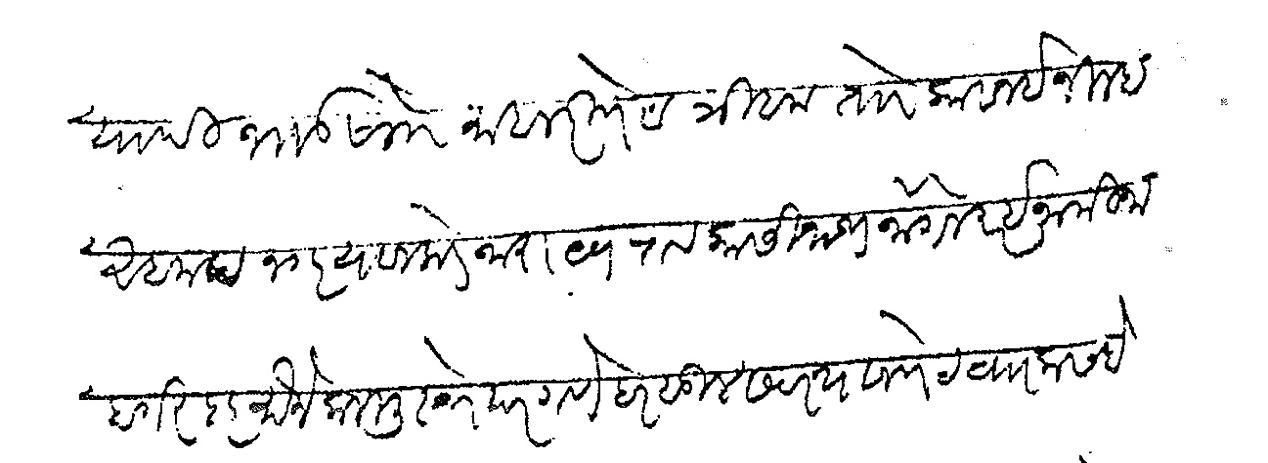
Transliteration (Devanagari): यादी भाऊसो माहलकरी पेठ त्रिबक तो कावनई जिल्हा अहमदनगर याजकडे नारायणराव कासीनाथ जोगळेकर इनामी जाहागीरदार मौजे कलमुस्थे परगणे हरसुल सबस्थान पेठ व कसबे